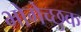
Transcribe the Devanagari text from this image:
भोगेच्छुक